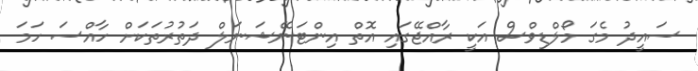
ސައީދު މެގަ މޯލްޑިވްސް އަކީ ރާއްޖޭގައި އޮތް އިންޓަނޭޝަނަލް ދަތުރުތަކަށް ހާއްސަ ހަމަ